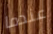
عندما